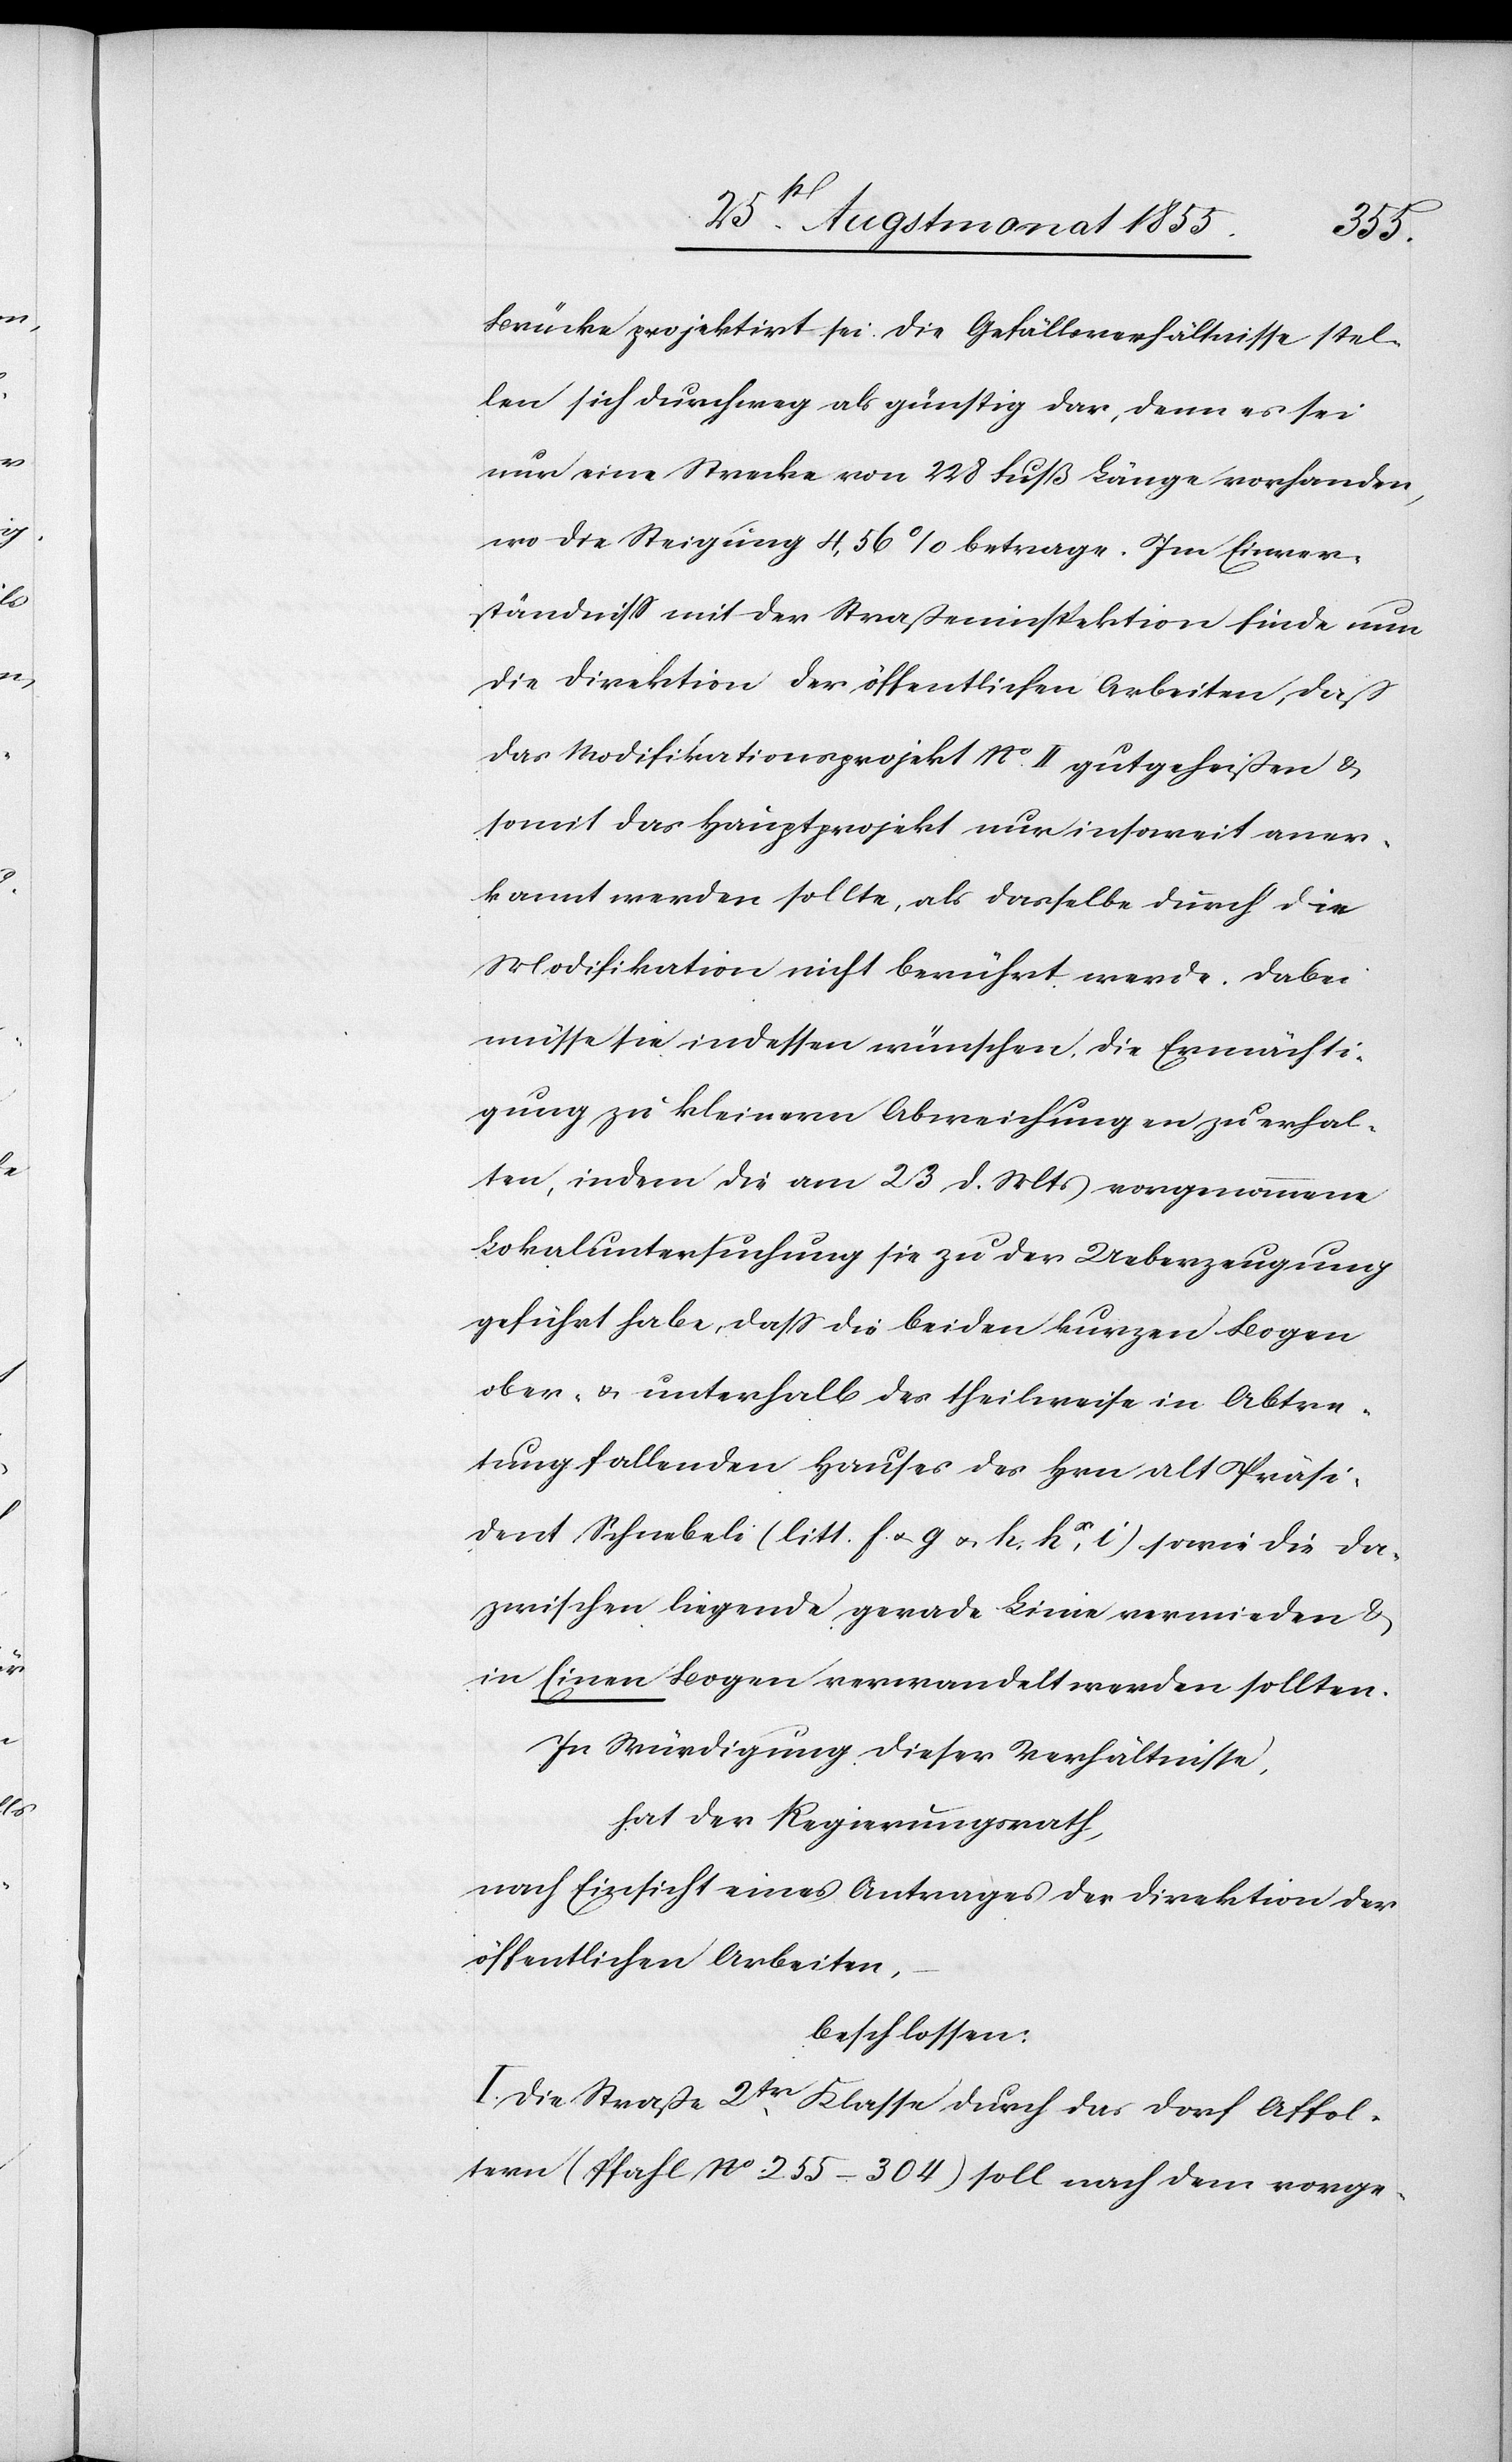
Brücke projektirt sei. Die Gefällsverhältnisse stel¬
len sich durchweg als günstig dar, denn es sei
nur eine Strecke von 228 Fuß Länge vorhanden,
wo die Steigung 4,56% betrage. Im Einver¬
ständniss mit der Straßeninspektion finde nun
die Direktion der öffentlichen Arbeiten, daß
das Modifikationsprojekt No. II gutgeheißen &
somit das Hauptprojekt nur insoweit aner¬
kannt werden sollte, als dasselbe durch die
Modifikation nicht berührt werde. Dabei
müsse sie indessen wünschen, die Ermächti¬
gung zu kleinern Abweichungen zu erhal¬
ten, indem die am 23 d. Mts vorgenommene
Lokaluntersuchung sie zu der Ueberzeugung
geführt habe, dass die beiden kurzen Bogen
ober- & unterhalb des theilweise in Abtre¬
tung fallenden Hauses des Hrn alt Präsi¬
dent Schnebeli (litt. f. & g & h, hα, i) sowie die da¬
zwischen liegende gerade Linie vermieden &
in Einen Bogen verwandelt werden sollten.
In Würdigung dieser Verhältnisse,
hat der Regierungsrath,
nach Einsicht eines Antrages der Direktion der
öffentlichen Arbeiten,
beschlossen:
I. Die Straße 2tr. Klasse durch das Dorf Affol¬
tern (Pfahl No 255–304) soll nach dem vorge-